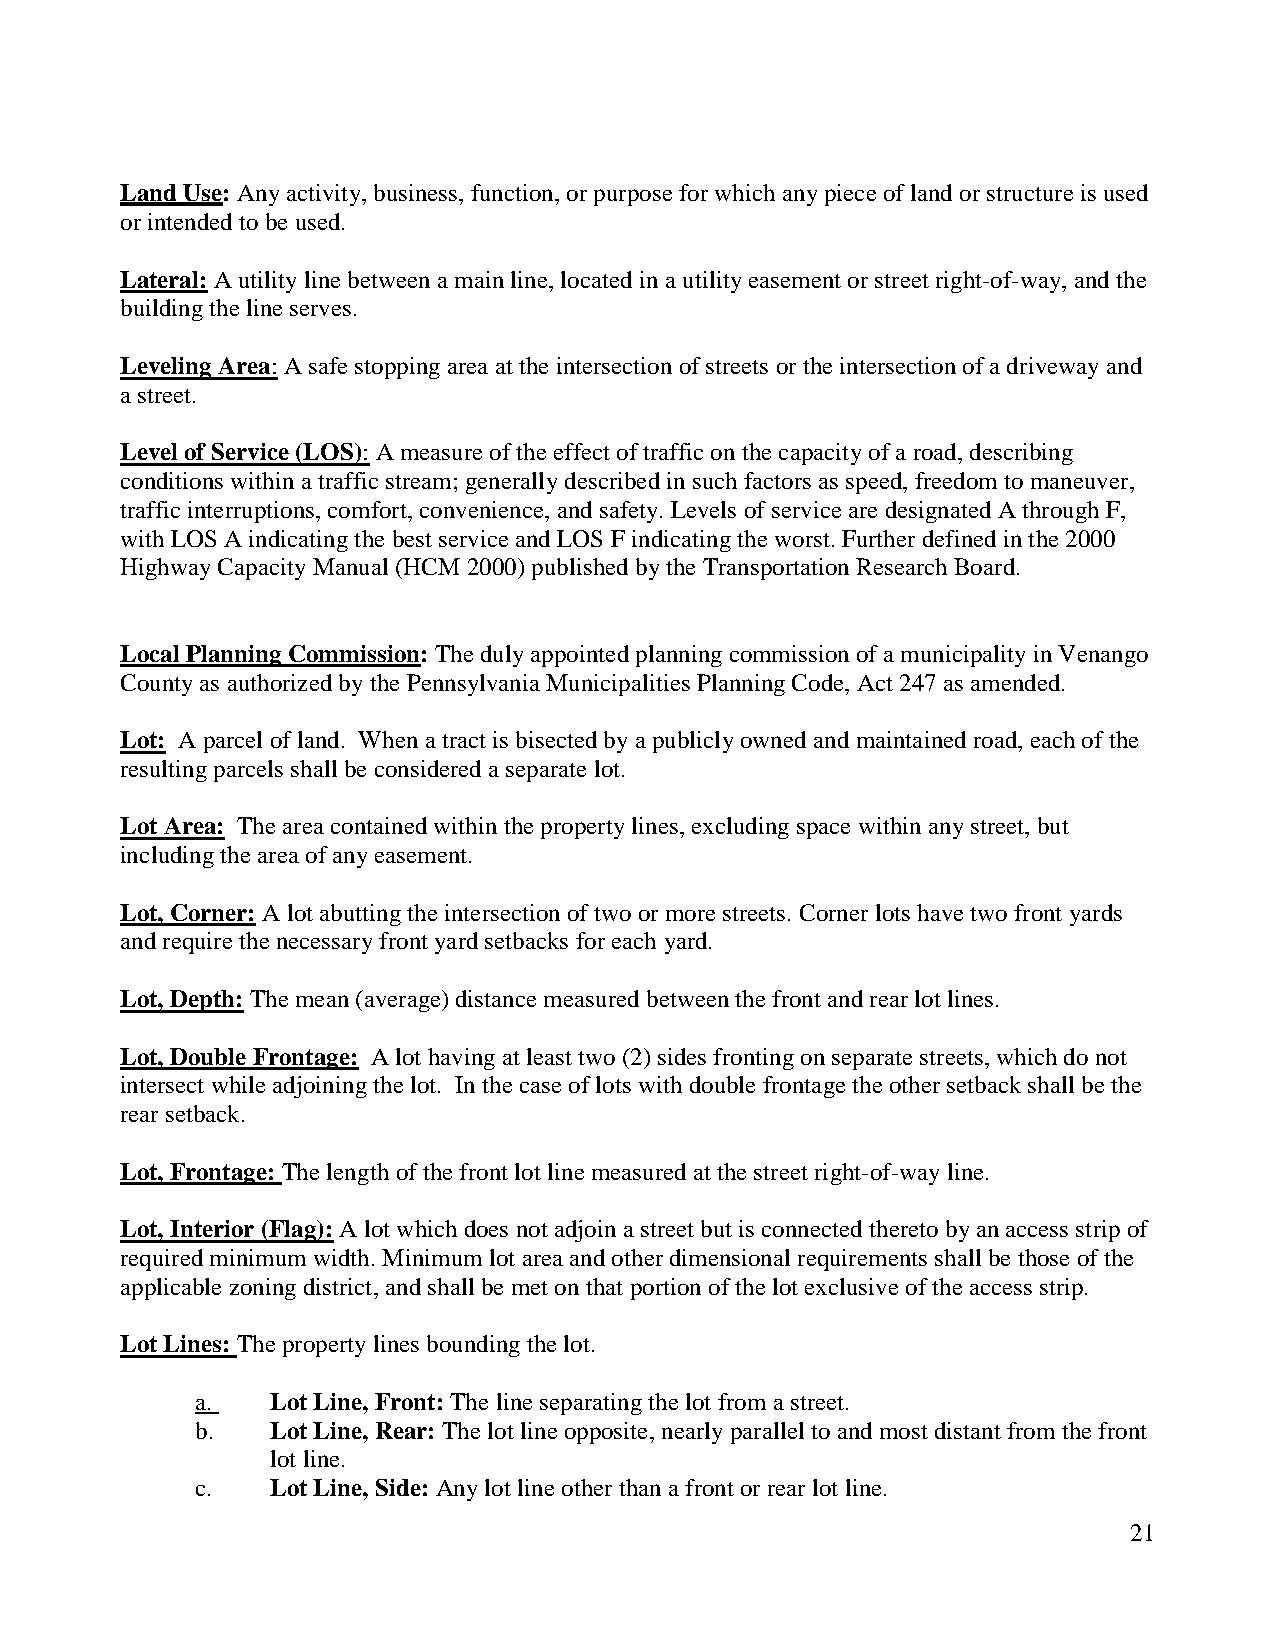
Land Use: Any activity, business, function, or purpose for which any piece of land or structure is used
 or intended to be used.
 Lateral: A utility line between a main line, located in a utility easement or street right-of-way, and the
 building the line serves.
 Leveling Area: A safe stopping area at the intersection of streets or the intersection of a driveway and
 a street.
 Level of Service (LOS): A measure of the effect of traffic on the capacity of a road, describing
 conditions within a traffic stream; generally described in such factors as speed, freedom to maneuver,
 traffic interruptions, comfort, convenience, and safety. Levels of service are designated A through F,
 with LOS A indicating the best service and LOS F indicating the worst. Further defined in the 2000
 Highway Capacity Manual (HCM 2000) published by the Transportation Research Board.
 Local Planning Commission: The duly appointed planning commission of a municipality in Venango
 County as authorized by the Pennsylvania Municipalities Planning Code, Act 247 as amended.
 Lot: A parcel of land. When a tract is bisected by a publicly owned and maintained road, each of the
 resulting parcels shall be considered a separate lot.
 Lot Area: The area contained within the property lines, excluding space within any street, but
 including the area of any easement.
 Lot, Corner: A lot abutting the intersection of two or more streets. Corner lots have two front yards
 and require the necessary front yard setbacks for each yard.
 Lot, Depth: The mean (average) distance measured between the front and rear lot lines.
 Lot, Double Frontage: A lot having at least two (2) sides fronting on separate streets, which do not
 intersect while adjoining the lot. In the case of lots with double frontage the other setback shall be the
 rear setback.
 Lot, Frontage: The length of the front lot line measured at the street right-of-way line.
 Lot, Interior (Flag): A lot which does not adjoin a street but is connected thereto by an access strip of
 required minimum width. Minimum lot area and other dimensional requirements shall be those of the
 applicable zoning district, and shall be met on that portion of the lot exclusive of the access strip.
 Lot Lines: The property lines bounding the lot.
 a.   Lot Line, Front: The line separating the lot from a street.
 b.   Lot Line, Rear: The lot line opposite, nearly parallel to and most distant from the front
 lot line.
 c.   Lot Line, Side: Any lot line other than a front or rear lot line.
 21